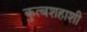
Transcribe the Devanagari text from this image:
कुत्बशहाशी